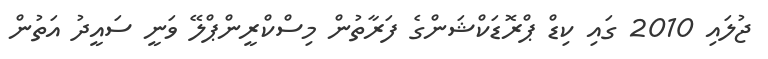
ޖުލައި 2010 ގައި ކިޑް ޕްރޮޑަކްޝަންގެ ފަރާތުން މިސްކްރީންޕްލޭ ވަނީ ސައީދު އަތުން